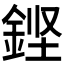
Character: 𮡸